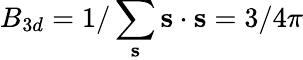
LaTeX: B_{3d}=1/\sum_{\mathbf s}{\mathbf s}\cdot{\mathbf s}=3/4\pi